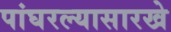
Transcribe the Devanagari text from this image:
पांघरल्यासारखे